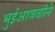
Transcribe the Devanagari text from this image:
भुईआवळीने